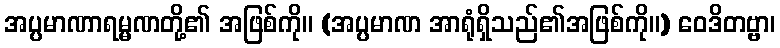
အပ္ပမာဏာရမ္မဏတို့၏ အဖြစ်ကို။ (အပ္ပမာဏ အာရုံရှိသည်၏အဖြစ်ကို။) ဝေဒိတဗ္ဗာ၊